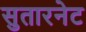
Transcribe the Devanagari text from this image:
सुतारनेट